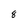
Character: 8